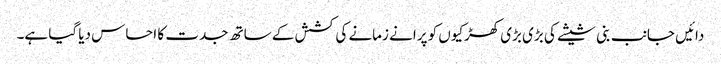
دائیں جانب بنی شیشے کی بڑی بڑی کھڑکیوں کو پرانے زمانے کی کشش کے ساتھ جدت کا احساس دیا گیا ہے۔